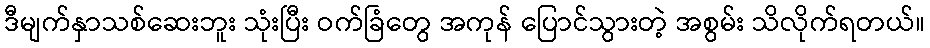
ဒီမျက်နှာသစ်ဆေးဘူး သုံးပြီး ဝက်ခြံတွေ အကုန် ပြောင်သွားတဲ့ အစွမ်း သိလိုက်ရတယ်။